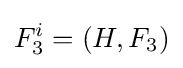
F_{3}^{i}=(H,F_{3})